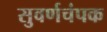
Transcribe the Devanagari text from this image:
सुवर्णचंपक